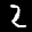
Label: 2